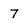
Character: 7